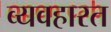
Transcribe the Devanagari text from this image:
व्‍यवहारत